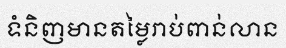
ទំនិញមានតម្លៃរាប់ពាន់លាន